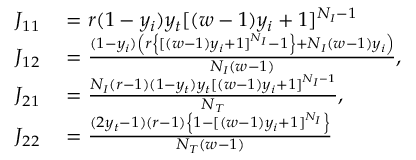
\begin{array} { r l } { J _ { 1 1 } } & { { } = r ( 1 - y _ { i } ) y _ { t } [ ( w - 1 ) y _ { i } + 1 ] ^ { N _ { I } - 1 } } \\ { J _ { 1 2 } } & { { } = \frac { ( 1 - y _ { i } ) \left( r \left\{ [ ( w - 1 ) y _ { i } + 1 ] ^ { N _ { I } } - 1 \right\} + N _ { I } ( w - 1 ) y _ { i } \right) } { N _ { I } ( w - 1 ) } , } \\ { J _ { 2 1 } } & { { } = \frac { N _ { I } ( r - 1 ) ( 1 - y _ { t } ) y _ { t } [ ( w - 1 ) y _ { i } + 1 ] ^ { N _ { I } - 1 } } { N _ { T } } , } \\ { J _ { 2 2 } } & { { } = \frac { ( 2 y _ { t } - 1 ) ( r - 1 ) \left\{ 1 - [ ( w - 1 ) y _ { i } + 1 ] ^ { N _ { I } } \right\} } { N _ { T } ( w - 1 ) } } \end{array}